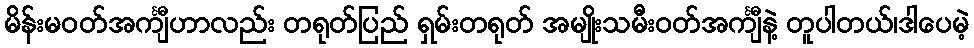
မိန်းမဝတ်အင်္ကျီဟာလည်း တရုတ်ပြည် ရှမ်းတရုတ် အမျိုးသမီးဝတ်အင်္ကျီနဲ့ တူပါတယ်၊ဒါပေမဲ့